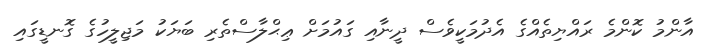
އާންމު ކޮންމެ ރައްޔިތެއްގެ އެދުމަކީވެސް ދީނާއި ގައުމަށް ޢިޙްލާސްތެރި ބަޔަކު މަޖިލީހުގެ ގޮނޑީގައި